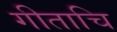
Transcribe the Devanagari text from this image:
गीताचि